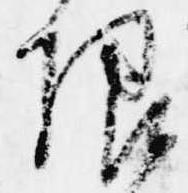
限